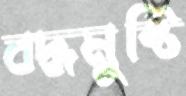
বদ্ধমুষ্টি